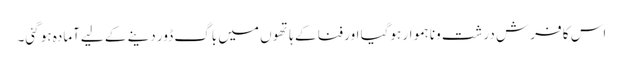
اس کا فرش درشت ونا ہموار ہوگیا اور فنا کے ہاتھو ں میں باگ ڈور دینے کے لیےآمادہ ہو گئی۔